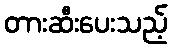
တားဆီးပေးသည့်